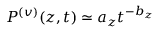
P ^ { ( v ) } ( { z } , { t } ) \simeq a _ { z } t ^ { - b _ { z } }